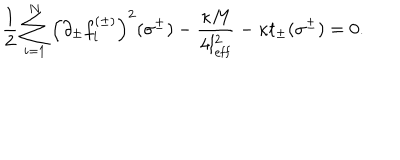
\frac 1 2 \sum _ { i = 1 } ^ { N } \left( \partial _ { \pm } f _ { i } ^ { ( \pm ) } \right) ^ { 2 } ( \sigma ^ { \pm } ) - \frac { \kappa M } { 4 l _ { \mathrm { e f f } } ^ { 2 } } - \kappa t _ { \pm } ( \sigma ^ { \pm } ) = 0 .